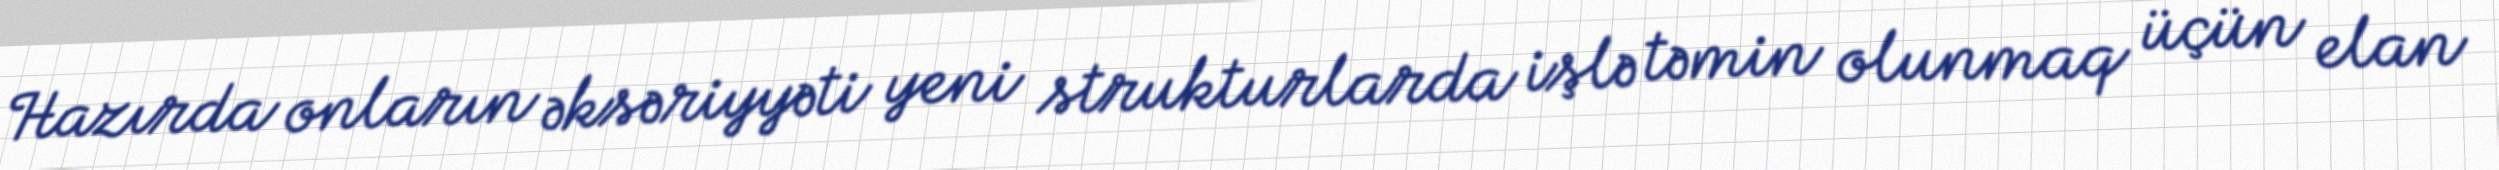
Hazırda onların əksəriyyəti yeni strukturlarda işlə təmin olunmaq üçün elan